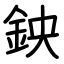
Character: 鉠